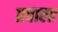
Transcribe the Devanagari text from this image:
प्रवाला